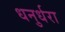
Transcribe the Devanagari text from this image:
धनुर्धरा